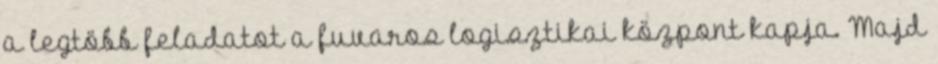
a legtöbb feladatot a fuvaros logisztikai központ kapja. Majd